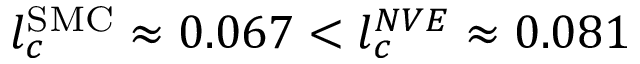
l _ { c } ^ { \mathrm { S M C } } \approx 0 . 0 6 7 < l _ { c } ^ { N V E } \approx 0 . 0 8 1